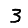
Digit: 3